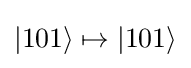
|101\rangle \mapsto |101\rangle